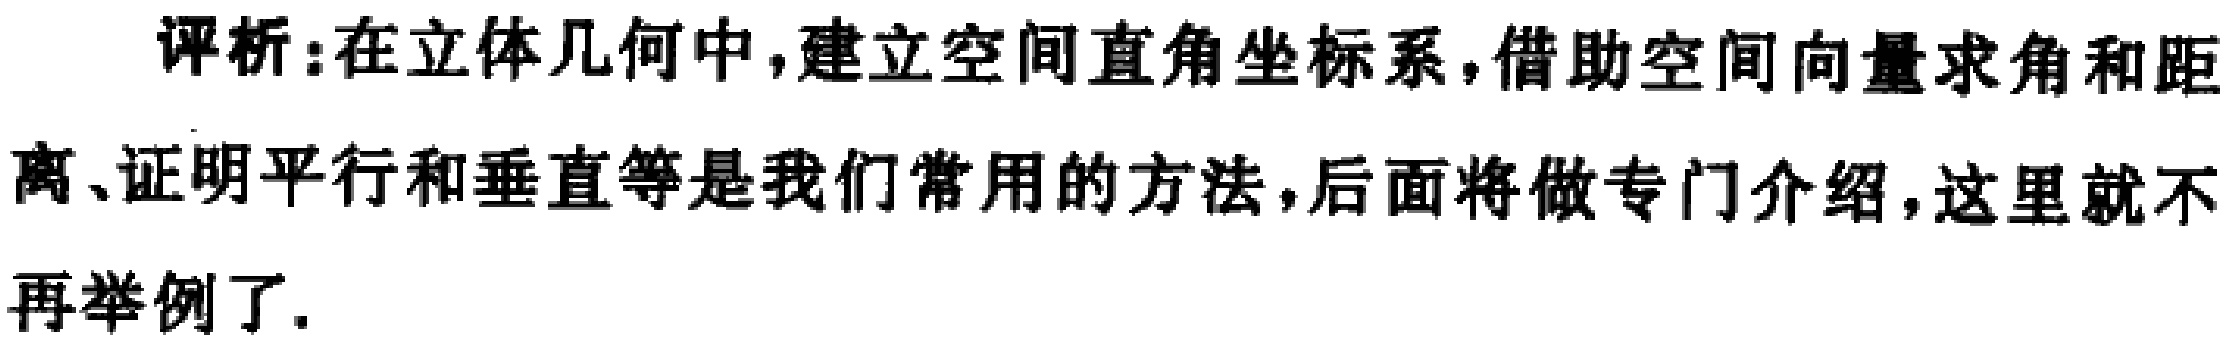
评析：在立体几何中，建立空间直角坐标系，借助空间向量求角和距离、证明平行和垂直等是我们常用的方法，后面将做专门介绍，这里就不再举例了.